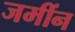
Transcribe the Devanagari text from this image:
जमींन